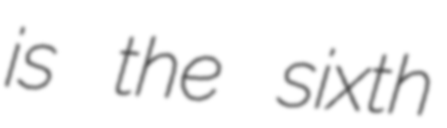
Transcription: is the sixth